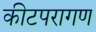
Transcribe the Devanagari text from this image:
कीटपरागण